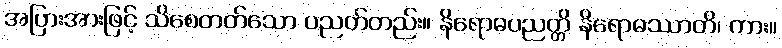
အပြားအားဖြင့် သိစေတတ်သော ပညတ်တည်း။ နိရောဓပညတ္တိ နိရောဓဿာတိ၊ ကား။